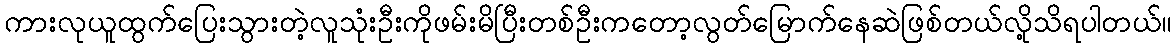
ကားလုယူထွက်ပြေးသွားတဲ့လူသုံးဦးကိုဖမ်းမိပြီးတစ်ဦးကတော့လွတ်မြောက်နေဆဲဖြစ်တယ်လို့သိရပါတယ်။